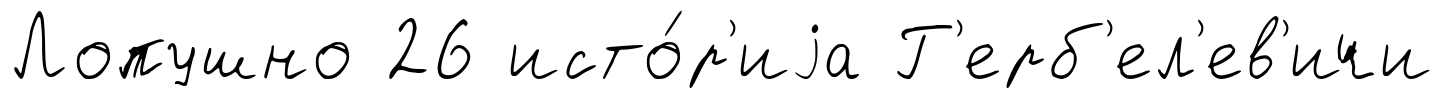
Лопушно 26 исто́р'иjа Г'ерб'ел'ев'ичи